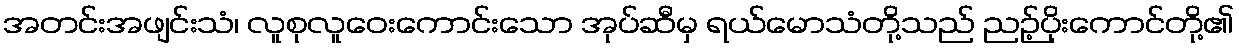
အတင်းအဖျင်းသံ၊ လူစုလူဝေးကောင်းသော အုပ်ဆီမှ ရယ်မောသံတို့သည် ညဉ့်ပိုးကောင်တို့၏